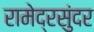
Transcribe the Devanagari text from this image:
रामेद्रसुंदर